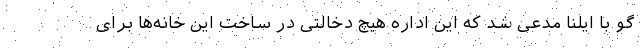
گو با ایلنا مدعی شد که این اداره هیچ دخالتی در ساخت این خانه‌ها برای